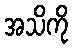
အသိကို